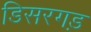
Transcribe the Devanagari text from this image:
डिसरगड़